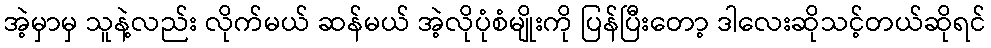
အဲ့မှာမှ သူနဲ့လည်း လိုက်မယ် ဆန်မယ် အဲ့လိုပုံစံမျိုးကို ပြန်ပြီးတော့ ဒါလေးဆိုသင့်တယ်ဆိုရင်